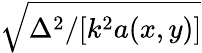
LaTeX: \sqrt{\Delta^{2}/[k^{2}a(x,y)]}